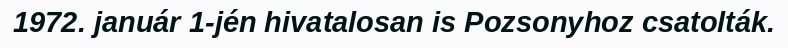
1972. január 1-jén hivatalosan is Pozsonyhoz csatolták.